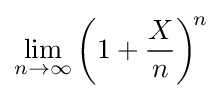
\lim _{n\to \infty }\left(1+{\frac {X}{n}}\right)^{\!n}